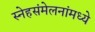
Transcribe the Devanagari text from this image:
स्नेहसंमेलनांमध्ये